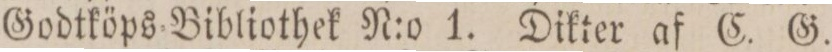
Godtköps=Bibliothek N:o 1. Dikter af C. G.